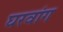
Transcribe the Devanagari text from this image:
घरवांग